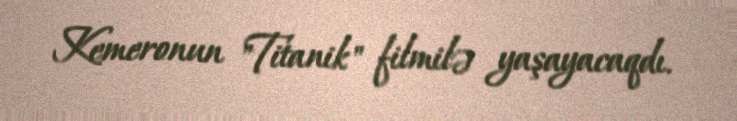
Kemeronun "Titanik" filmilə yaşayacaqdı.